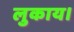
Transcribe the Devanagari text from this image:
लुकाय।